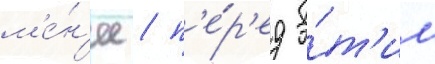
м'е́н'ее / п'е́р'ед э́т'им